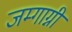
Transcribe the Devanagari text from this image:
जम्गाग्नी